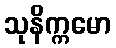
သုနိက္ကမော